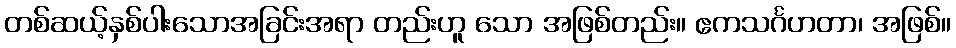
တစ်ဆယ့်နှစ်ပါးသောအခြင်းအရာ တည်းဟူ သော အဖြစ်တည်း။ ဧကသင်္ဂဟတာ၊ အဖြစ်။